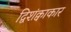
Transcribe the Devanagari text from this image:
द्विशंक्वाकार